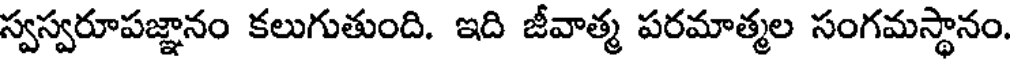
స్వస్వరూపజ్ఞానం కలుగుతుంది. ఇది జీవాత్మ పరమాత్మల సంగమస్థానం.